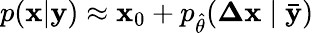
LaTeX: p(\mathbf{x}|\mathbf{y})\approx\mathbf{x}_{0}+p_{\hat{\theta}}(\mathbf{\Delta x}\mid\mathbf{\bar{y}})